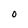
Character: O